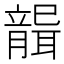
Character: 𦗤